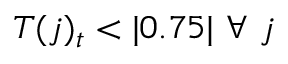
T ( j ) _ { t } < | 0 . 7 5 | \ \forall \ j